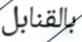
بالقنابل